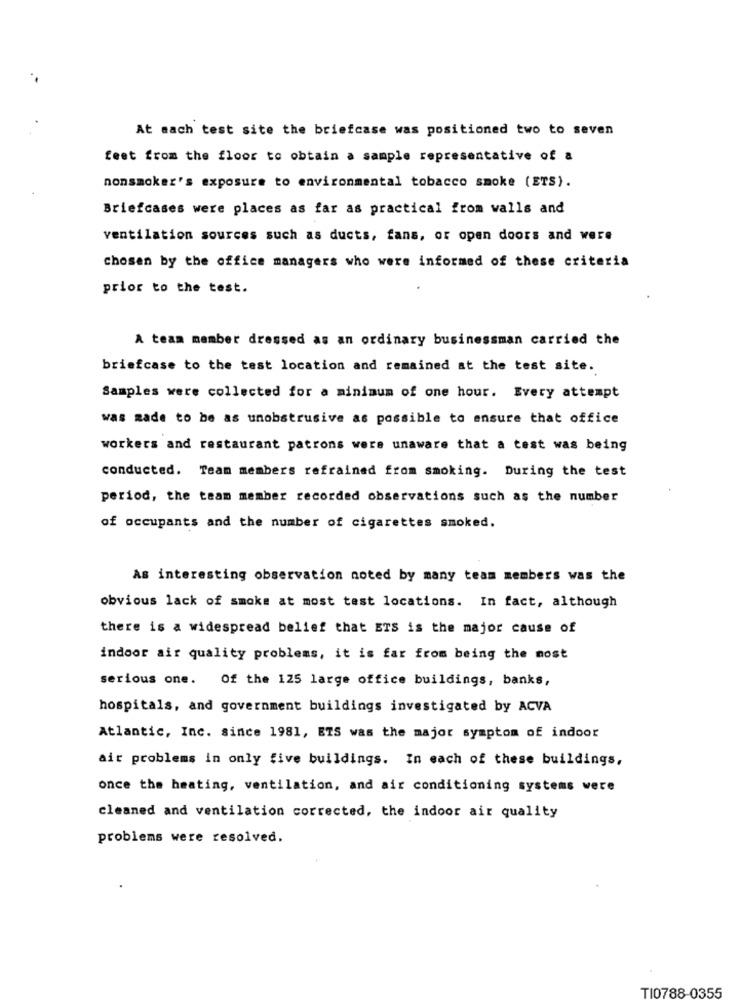
At each test site the briefcase was positioned two to seven
feet from the floor to obtain a sample representative of a
nonsmoker's exposure to environmental tobacco smoke (ETS).
Briefcases were places as far as practical from walls and
ventilation sources such as ducts, fans, or open doors and were
chosen by the office managers who were informed of these criteria
prior to the test.
A team member dressed as an ordinary businessman carried the
briefcase to the test location and remained at the test site.
Samples were collected for a minimum of one hour. Every attempt
was made to be as unobstrusive as possible to ensure that office
workers and restaurant patrons were unaware that a test was being
conducted. Team members refrained from smoking. During the test
period, the team member recorded observations such as the number
of occupants and the number of cigarettes smoked.
As interesting observation noted by many team members was the
obvious lack of smoke at most test locations. In fact, although
there is a widespread belief that ETS is the major cause of
indoor air quality problems, it is far from being the most
serious one. Of the 125 large office buildings, banks,
hospitals, and government buildings investigated by ACVA
Atlantic, Inc. since 1981, ETS was the major symptom of indoor
air problems in only five buildings. In each of these buildings,
once the heating, ventilation, and air conditioning systems were
cleaned and ventilation corrected, the indoor air quality
problems were resolved.
TI0788-0355